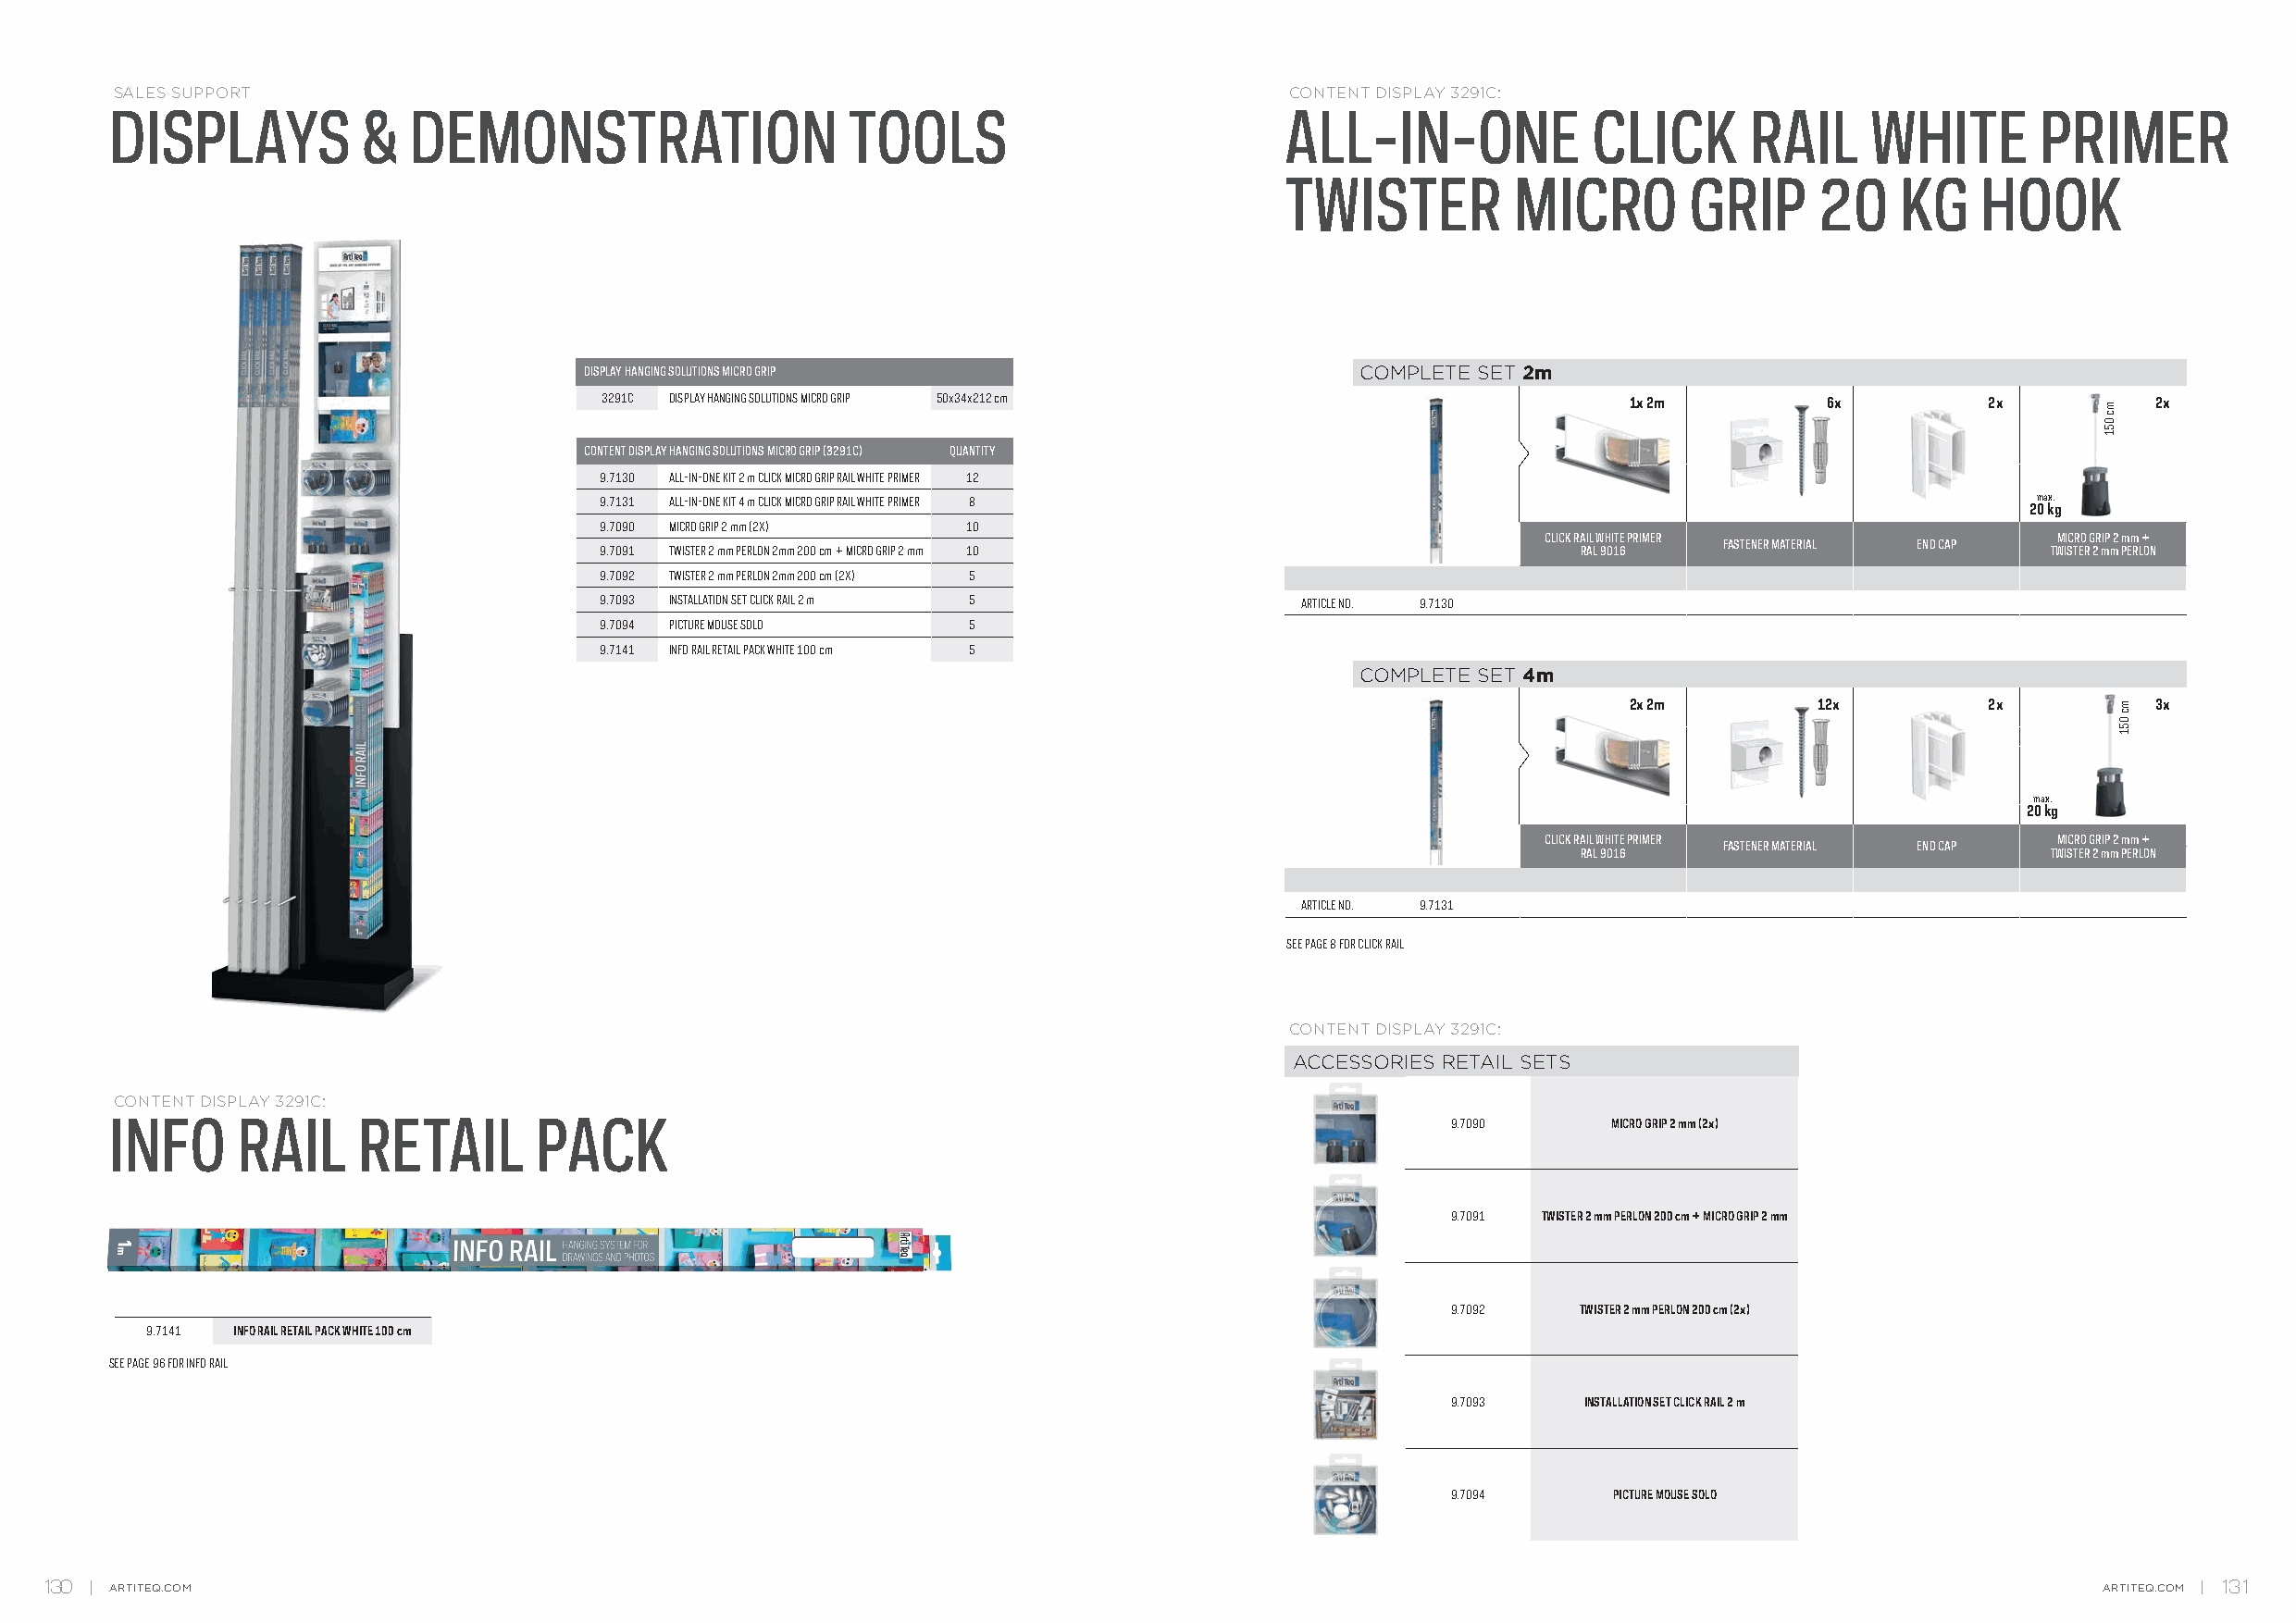
SALES SUPPORT                                                                       CONTENT DISPLAY 3291C:
 DISPLAYS          &  DEMONSTRATION                   TOOLS                          ALL-IN-ONE            CLICK      RAIL     WHITE       PRIMER
 TWISTER         MICRO        GRIP     20    KG    HOOK
 DISPLAY HANGING SOLUTIONS MICRO GRIP                   COMPLETE SET 2m
 3291C DISPLAY HANGING SOLUTIONS MICRO GRIP 50x34x212 cm                   1x 2m         6x         2x          2x
 CONTENT DISPLAY HANGING SOLUTIONS MICRO GRIP (3291C) QUANTITY
 9.7130 ALL-IN-ONE KIT 2 m CLICK MICRO GRIP RAIL WHITE PRIMER 12
 9.7131 ALL-IN-ONE KIT 4 m CLICK MICRO GRIP RAIL WHITE PRIMER 8                                         max.
 20 kg
 9.7090 MICRO GRIP 2 mm (2X) 10
 CLICK RAIL WHITE PRIMER              MICRO GRIP 2 mm +
 FASTENER MATERIAL END CAP
 9.7091 TWISTER 2 mm PERLON 2mm 200 cm + MICRO GRIP 2 mm 10            RAL 9016                          TWISTER 2 mm PERLON
 9.7092 TWISTER 2 mm PERLON 2mm 200 cm (2X) 5
 9.7093 INSTALLATION SET CLICK RAIL 2 m 5          ARTICLE NO. 9.7130
 9.7094 PICTURE MOUSE SOLO 5
 9.7141 INFO RAIL RETAIL PACK WHITE 100 cm 5
 COMPLETE SET 4m
 2x 2m        12x         2x          3x
 max.
 20 kg
 CLICK RAIL WHITE PRIMER              MICRO GRIP 2 mm +
 FASTENER MATERIAL END CAP
 RAL 9016                          TWISTER 2 mm PERLON
 ARTICLE NO. 9.7131
 SEE PAGE 8 FOR CLICK RAIL
 CONTENT DISPLAY 3291C:
 ACCESSORIES RETAIL SETS
 CONTENT DISPLAY 3291C:
 INFO     RAIL     RETAIL      PACK                                                              9.7090     MICRO GRIP 2 mm (2x)
 9.7091 TWISTER 2 mm PERLON 200 cm + MICRO GRIP 2 mm
 9.7092   TWISTER 2 mm PERLON 200 cm (2x)
 9.7141 INFO RAIL RETAIL PACK WHITE 100 cm
 SEE PAGE 96 FOR INFO RAIL
 9.7093   INSTALLATION SET CLICK RAIL 2 m
 9.7094     PICTURE MOUSE SOLO
 130  ARTITEQ.COM                                                                                                                                   ARTITEQ.COM 131
 mc
 051
 mc
 051